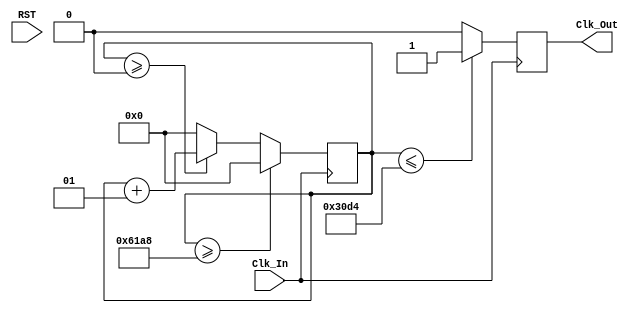
`timescale 1ns / 1ps
//////////////////////////////////////////////////////////////////////////////////
// Company: 
// Engineer: 
// 
// Design Name: 
// Module Name: ClkDiv_100MHz_to_5000Hz
// Project Name: 
// Target Devices: 
// Tool Versions: 
// Description: 
// 
// Dependencies: 
// 
// Revision:
// Revision 0.01 - File Created
// Additional Comments:
// 
//////////////////////////////////////////////////////////////////////////////////


module ClkDiv_100MHz_to_4000Hz(
    input Clk_In,
input RST,
output reg Clk_Out
);

integer count;
parameter freq=4000; // set this val to desired frequency
parameter max=100000000/freq; //calulates value to count to before reset
always @(posedge Clk_In)
begin

    //Initialize count Or Increment Count
     if (count>=0)
      count <=count +1; 
    else
    count<=0;
    
    //Output Clks accoring to count
    if(count<=max/2) begin 
        Clk_Out<=1'b1; 

    end
    else begin        
        Clk_Out<=1'b0;         
    end
    
    //reset count
    if(count>=max) begin 
        count<=0; 
    end   
    

end
endmodule